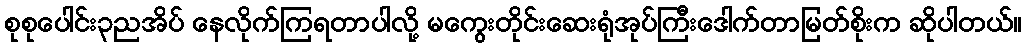
စုစုပေါင်း၃ညအိပ် နေလိုက်ကြရတာပါလို့ မကွေးတိုင်းဆေးရုံအုပ်ကြီးဒေါက်တာမြတ်စိုးက ဆိုပါတယ်။